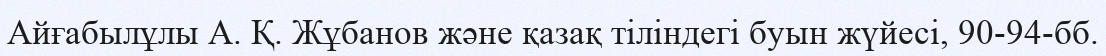
Айғабылұлы А. Қ. Жұбанов және қазақ тіліндегі буын жүйесі, 90-94-бб.